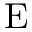
\mathrm { E }